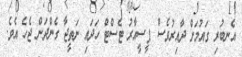
އެނބުރި ގައުމަށް ދާއިރުވެސް ޕީސީއާރު ޓެސްޓް ހަދައި ނަތީޖާ ގެންދަން ޖެހެ އެވެ.